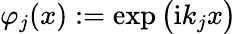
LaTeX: \varphi_{j}(x):=\exp\big(\mathrm{i}k_{j}x\big)